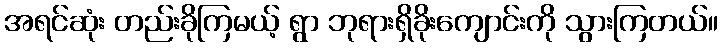
အရင်ဆုံး တည်းခိုကြမယ့် ရွာ ဘုရားရှိခိုးကျောင်းကို သွားကြတယ်။